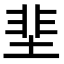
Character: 𡌦